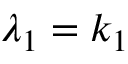
\lambda _ { 1 } = k _ { 1 }